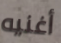
أغنيه